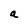
Character: a